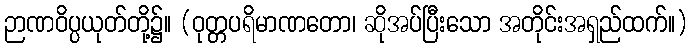
ဉာဏဝိပ္ပယုတ်တို့၌။ (ဝုတ္တပရိမာဏတော၊ ဆိုအပ်ပြီးသော အတိုင်းအရှည်ထက်။)